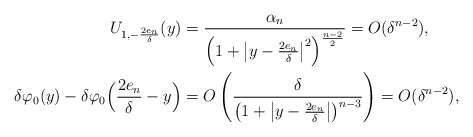
\begin{align*}U_{1,-\frac{2e_n}{\delta}}(y)&=\frac{\alpha_n}{\left(1+\left|y-\frac{2e_n}{\delta}\right|^2\right)^\frac{n-2}{2}}=O(\delta^{n-2}),\\\delta \varphi_0(y)-\delta \varphi_0\Big(\frac{2e_n}{\delta}-y\Big) &=O\left(\frac{\delta}{\left(1+\left|y-\frac{2e_n}{\delta}\right|\right)^{n-3}}\right)=O(\delta^{n-2}),\end{align*}